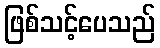
ဖြစ်သင့်ပေသည်